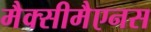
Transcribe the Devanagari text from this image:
मैक्सीमैएनस